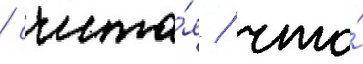
/ счита́я / что́